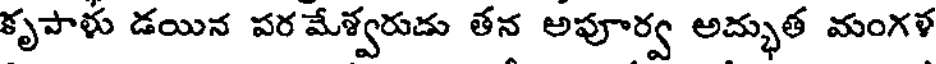
కృపాళు డయిన పర మేశ్వరుడు తన అపూర్వ అద్భుత మంగళ